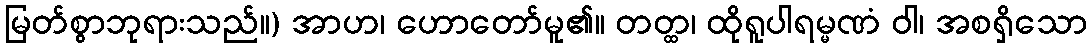
မြတ်စွာဘုရားသည်။) အာဟ၊ ဟောတော်မူ၏။ တတ္ထ၊ ထိုရူပါရမ္မဏံ ဝါ၊ အစရှိသော